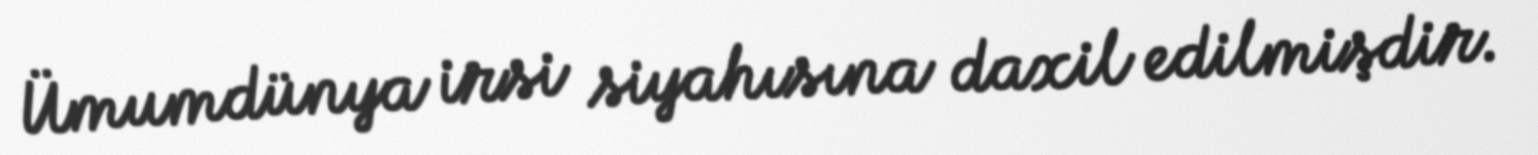
Ümumdünya irsi siyahısına daxil edilmişdir.